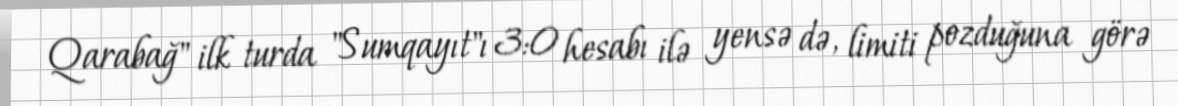
Qarabağ" ilk turda "Sumqayıt"ı 3:0 hesabı ilə yensə də, limiti pozduğuna görə